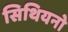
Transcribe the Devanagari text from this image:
सिथियनो